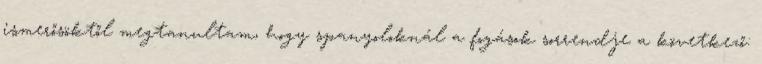
ismerősöktől megtanultam, hogy spanyoloknál a fogások sorrendje a következő: